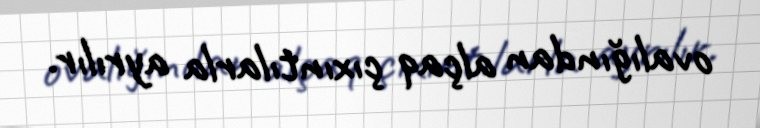
ovalığından alçaq çıxıntılarla ayrılır.